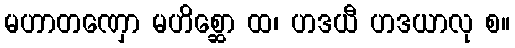
မဟာတဏှော မဟိစ္ဆော ထ၊ ဟဒယီ ဟဒယာလု စ။